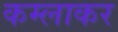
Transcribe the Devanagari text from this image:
कम्लाकर